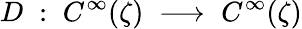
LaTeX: D\; :\; C^{\infty}(\zeta)\; \longrightarrow\; C^{\infty}(\zeta)